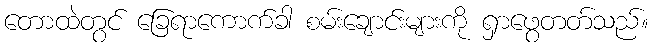
တောထဲတွင် ခြေရာကောက်ခါ စမ်းချောင်းများကို ရှာဖွေတတ်သည်။